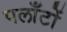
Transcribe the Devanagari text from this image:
पलाँटों